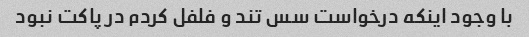
با وجود اینکه درخواست سس تند و فلفل کردم در پاکت نبود